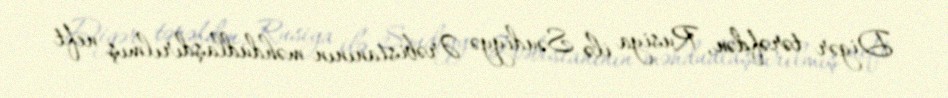
Digər tərəfdən, Rusiya ilə Səudiyyə Ərəbistanının məhdudlaşdırılmış neft